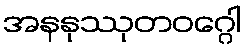
အနနုဿုတဝဂ္ဂေါ